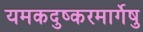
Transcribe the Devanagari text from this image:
यमकदुष्करमार्गेषु